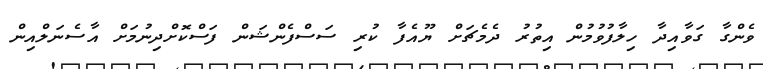
ވެންގާ ގަވާއިދާ ހިލާފުވުމުން އިތުރު ދެމެޗަށް ޔޫއެފާ ކުރި ސަސްފެންޝަން ފަސްކޮށްދިނުމަށް އާސެނަލްއިން